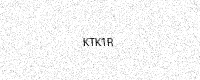
Text: KTK1R